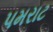
પમરાટ